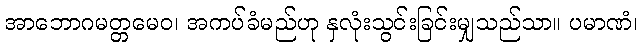
အာဘောဂမတ္တမေဝ၊ အကပ်ခံမည်ဟု နှလုံးသွင်းခြင်းမျှသည်သာ။ ပမာဏံ၊